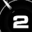
Digit: 2